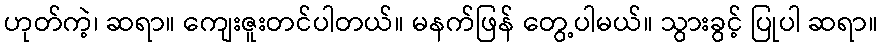
ဟုတ်ကဲ့၊ ဆရာ။ ကျေးဇူးတင်ပါတယ်။ မနက်ဖြန် တွေ့ပါမယ်။ သွားခွင့် ပြုပါ ဆရာ။